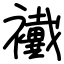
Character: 襶